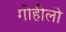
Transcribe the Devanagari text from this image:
गोहीलो